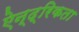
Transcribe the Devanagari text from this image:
ऐन्द्रिकता